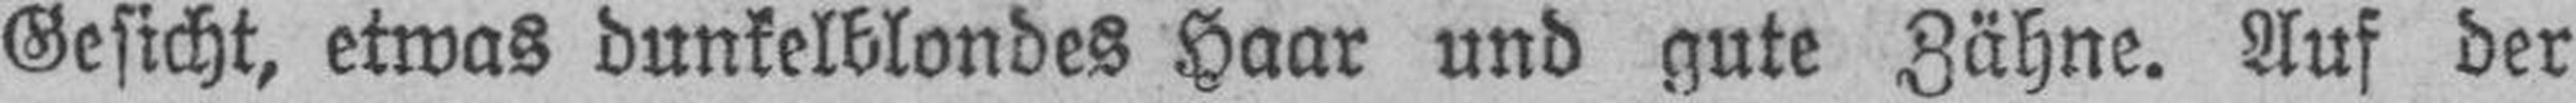
Gesicht, etwas dunkelblondes Haar und gute Zähne. Auf der